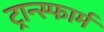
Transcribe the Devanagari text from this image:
ट्रान्स्फार्म